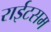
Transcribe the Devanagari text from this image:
राईटसम